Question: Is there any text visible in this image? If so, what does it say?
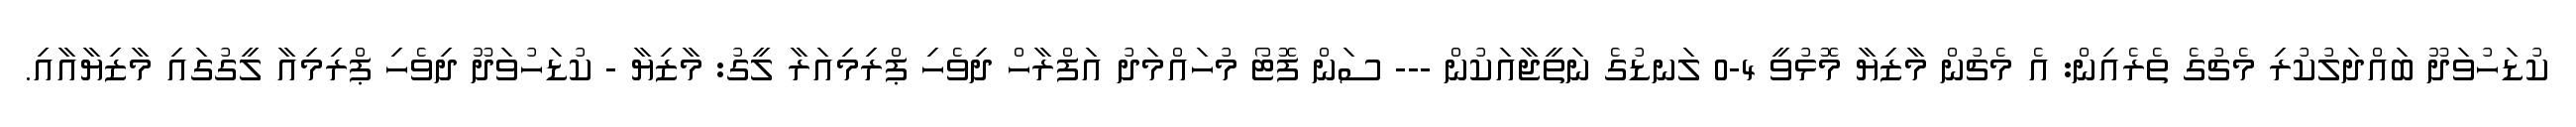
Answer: ކުޑަހުވަދޫ ބައްދަލުކުރި މެޗުގެ ތެރެއިން: އެ މެޗުން މާޒިޔާ މޮޅުވީ 4-0 ލަނޑުގެ ނަތީޖާއަކުން --- ސަން ފޮޓޯ މުހައްމަދު އަފްރާހް ދިވެހި ޕްރިމިއަރާ ލީގު: މާޒިޔާ - ކުޑަހުވަދޫ ދިވެހި ޕްރިމިއާ ލީގުގައި މާޒިޔާއާއި.